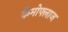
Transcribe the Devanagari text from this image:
केमोफ्लाज